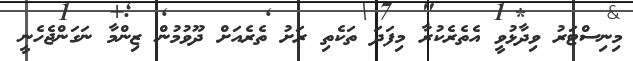
މިނިސްޓަރު ވިދާޅުވީ އެތެރެކުރާ މިފަދަ ތަކެތި ރަށު ތެރެއަށް ދޫވުމުން ޒިންމާ ނަގަންޖެހެނީ